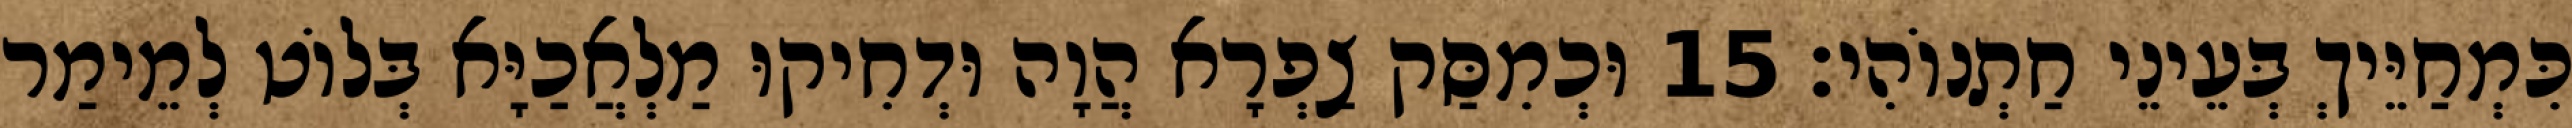
כִּמְחַיֵּיךְ בְּעֵינֵי חַתְנוֹהִי׃ 15 וּכְמִסַּק צַפְרָא הֲוָה וּדְחִיקוּ מַלְאֲכַיָּא בְּלוֹט לְמֵימַר